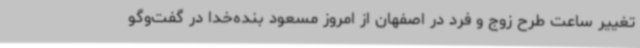
تغییر ساعت طرح زوج و فرد در اصفهان از امروز مسعود بنده‌خدا در گفت‌وگو